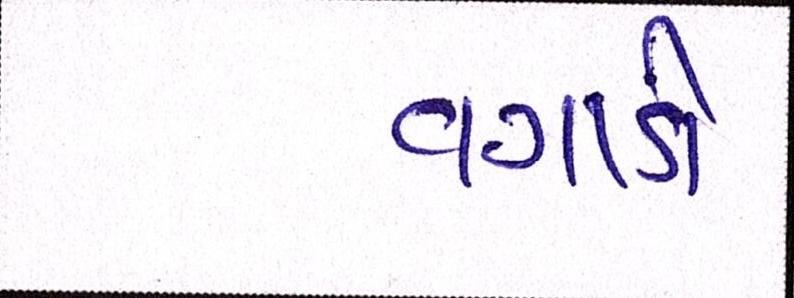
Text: વગાડી